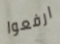
ارفعوا